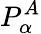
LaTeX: P_{\alpha}^{A}